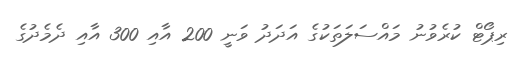
ރިޕޯޓް ކުރެވުނު މައްސަލަތަކުގެ އަދަދު ވަނީ 200 އާއި 300 އާއި ދެމެދުގެ